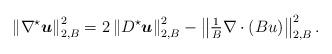
LaTeX: \begin{align*}\left\|\nabla^\star{ \boldsymbol u}\right\|_{2,B}^2=2\left\|D^\star{ \boldsymbol u}\right\|_{2,B}^2- \left\|\tfrac{1}{B}\nabla \cdot\left(B u \right)\right\|_{2,B}^2.\end{align*}